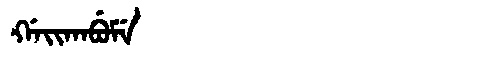
Manchu: ᡤᠠᡳᡴᠠᠪᡠᠮᡝ
Romanization: GAIKABUME